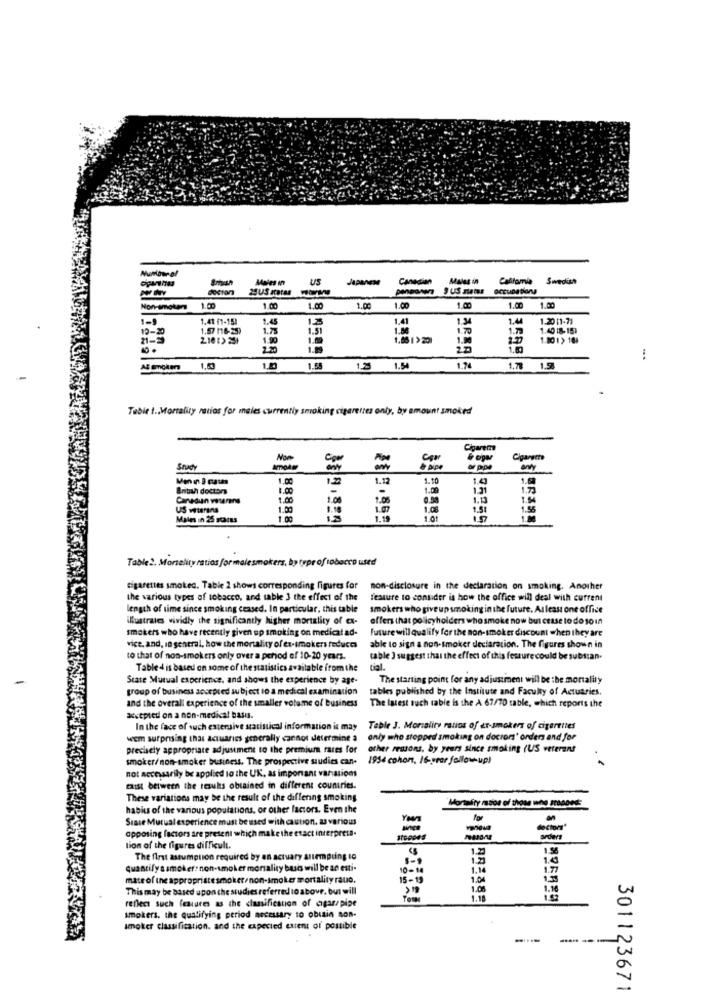
Mates in
US
Japanese
Canadian
Califomia Swedish
Swedish
doctor
Non-smokers
1.00
1.00
1.00
1.00
1.00
1.00
1.00
1.00
1-5
1.41 (1-15)
1.45
1,41
1.34
1.44
1.20 11-71
10-20
1.57 (16-25)
1.2%
1.51
1.86
1.70
1.73
1.40 8-151
21-3
2.10 :> 25+
1.90
1.69
1.66 1 > 201
1.90
1.00 1> 16:
2.20
1.99
2.2
1.600
1.65
1.25
1.54
1.74
1.78
Table t ., Mortality muios for males currently smoking cigarettes only, by amount smoked
Cigarem
com
toper
Stacy
-
or prpe
1.00
1.12
1.10
1.4
1.0
Antun doctors
1.00
1.31
17
Canedun veterans
1.00
1.08
0.30
1.03
1.5
US veterans
1.00
1.18
1.07
1.51
1.55
Male in 25 gates
1.18
1.01
Table2. Mortality ratios formalesmakers, by type of tobacco used
cigarettes smoked. Table 2 shows corresponding figures for
non-disclosure in the declaration on smoking. Another
the various types of tobacco, and sable 3 the effect of the
feature to consider is how the office will deal with current
length of time since smoking ceased. In particular, this table
smokers who give up smoking in the future. At least one office
illustrates vividly the significantly higher mortality of ex-
offers that policyholders who smoke now but cease to do 10 In
smokers who have recently given up smoking on medical ad-
Future will qualify for the non-smoker discount when they are
vice. and, in general, how the mortality of ex-smokers reduces
able to sign a non-smoker declaration. The figures shown in
to that of non-smokers only over a period of 10-20 years.
table ] suggest that the effect of this fessure could be substan.
Table d is based on some of the statistics available from the
tial.
Scate Mutual experience, and shows the experience by age-
The starting point for any adjustment will be the mortality
group of business accepted subject to a medical examination
tables published by the Institute and Faculty of Actuaries.
and the overall experience of the smaller volume of business
The latest ruch table is the A 67/70 table, which reports the
accepted on a non-medical basis.
In the face of such esteraive statistical information is may
Table 3. Mortality ratios of er-smokers of cigarettes
wem surprising that actuariss generally cannot determine a
only who stopped smoking on doctors' orders and for
precisely appropriate adjustment to the premium rates for
other reasons, by years since smoking (US veterans
smoker/ non-smoker business. The prospective studies can-
1954 cohon, 16-year follow-up)
1
not accessarily be applied to the UK, as important variations
exist between the results obtained in different countries.
These variations may be the result of the differing smoking
Mortality matos of those who HADDed:
habits of the various populations, or other factors. Even the
Siate Mutual experience must be used with caution, a3 various
for
opposing factors are present which make the exact interpreta.
doctors"
orders
tion of the figures difficult.
1.56
The first assumption required by an actuary attempting to
1.2
1.4
quantify a smoker: non-smoker morality buses will be ae esti-
10-14
1.14
1.77
mate of the appropriatesmoker/ non-smoker mortality rauo.
15-19
1.0
1.55
This may be based upon the studies referred to above. but will
>18
1.08
1.16
reflect such (ctures as the classification of cigarpipe
Toma
1.18
smokers. the qualifying period necessary to obtain non-
smoker classification, and the expected extent of possible
-----
--
-
301123671